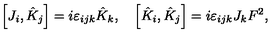
\left[ J _ { i } , \hat { K } _ { j } \right] = i \varepsilon _ { i j k } { \hat { K } } _ { k } , \quad \left[ { \hat { K } } _ { i } , { \hat { K } } _ { j } \right] = i \varepsilon _ { i j k } J _ { k } F ^ { 2 } ,